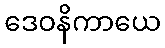
ဒေဝနိကာယေ